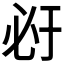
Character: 𰑇